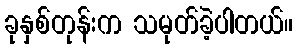
ခုနှစ်တုန်းက သမုတ်ခဲ့ပါတယ်။